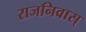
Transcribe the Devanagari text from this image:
राजनिवास्